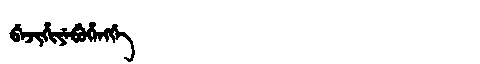
Manchu: ᠪᡝᠵᡳᡥᡳᠶᡝᠪᡠᡥᡝᠩᡤᡝ
Romanization: BEJIHIYEBUHENGGE